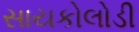
સાયકોલોડી